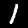
Label: 1